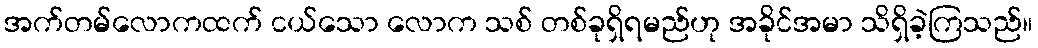
အက်တမ်လောကထက် ငယ်သော လောက သစ် တစ်ခုရှိရမည်ဟု အခိုင်အမာ သိရှိခဲ့ကြသည်။